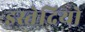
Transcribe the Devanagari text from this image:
इस्तेदियो